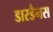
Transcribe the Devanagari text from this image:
डारडैनस